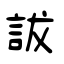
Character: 詙